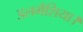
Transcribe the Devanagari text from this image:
डलमैशिया।